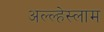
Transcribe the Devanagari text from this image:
अल्ल्हेस्लाम